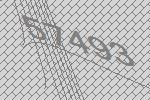
57493